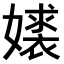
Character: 𫱹